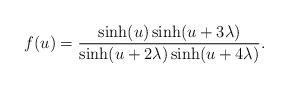
LaTeX: \begin{align*}f(u)=\frac{\sinh(u)\sinh(u+3\lambda)}{\sinh(u+2\lambda)\sinh(u+4\lambda)}.\end{align*}